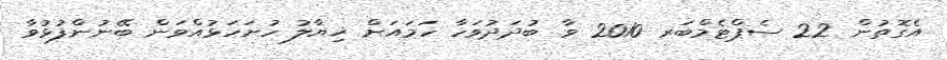
އެގޮތުން 22 ސެޕްޓެމްބަރ 2010 ވާ ބުދަދުވަހާ ހަމައަށް ޚިޔާލު ހުށަހަޅުއްވަން ބޭނުންފުޅުވާ